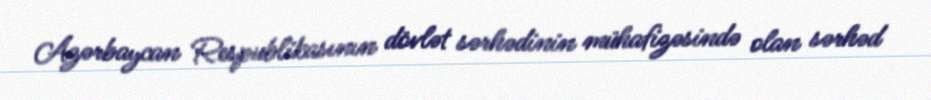
Azərbaycan Respublikasının dövlət sərhədinin mühafizəsində olan sərhəd